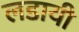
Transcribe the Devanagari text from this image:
लडायी